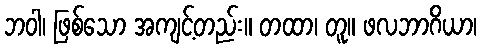
ဘဝါ၊ ဖြစ်သော အကျင့်တည်း။ တထာ၊ တူ။ ဖလဘာဂိယာ၊